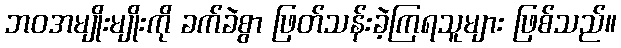
ဘဝအမျိုးမျိုးကို ခက်ခဲစွာ ဖြတ်သန်းခဲ့ကြရသူများ ဖြစ်သည်။